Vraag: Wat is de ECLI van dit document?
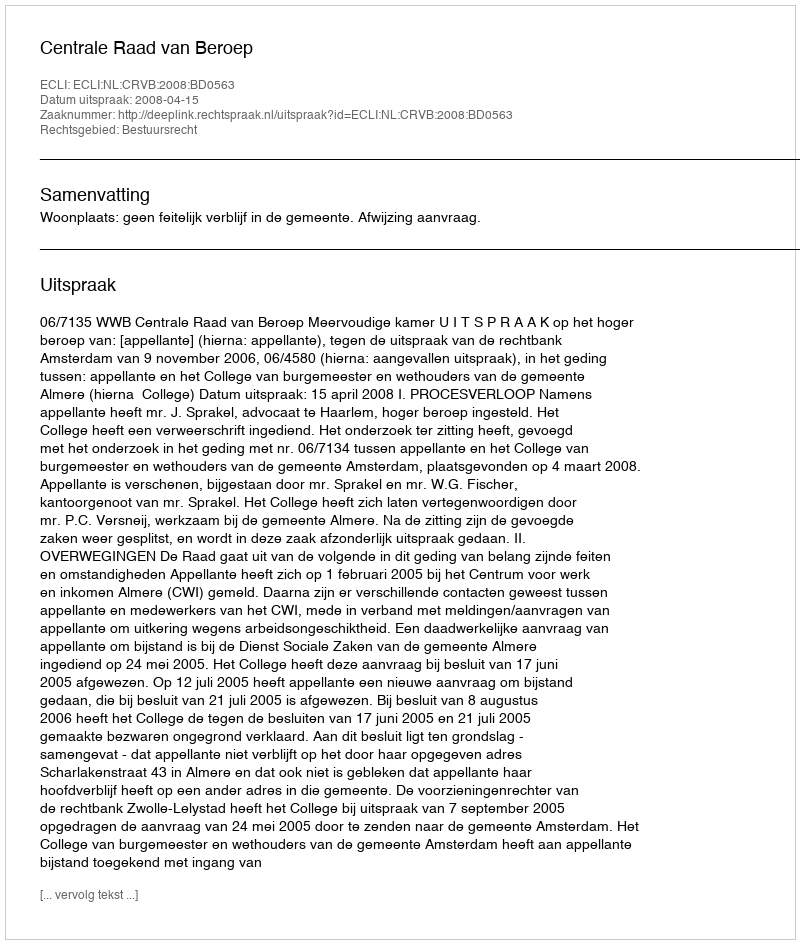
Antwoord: ECLI:NL:CRVB:2008:BD0563